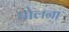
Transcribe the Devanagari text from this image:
घोलना